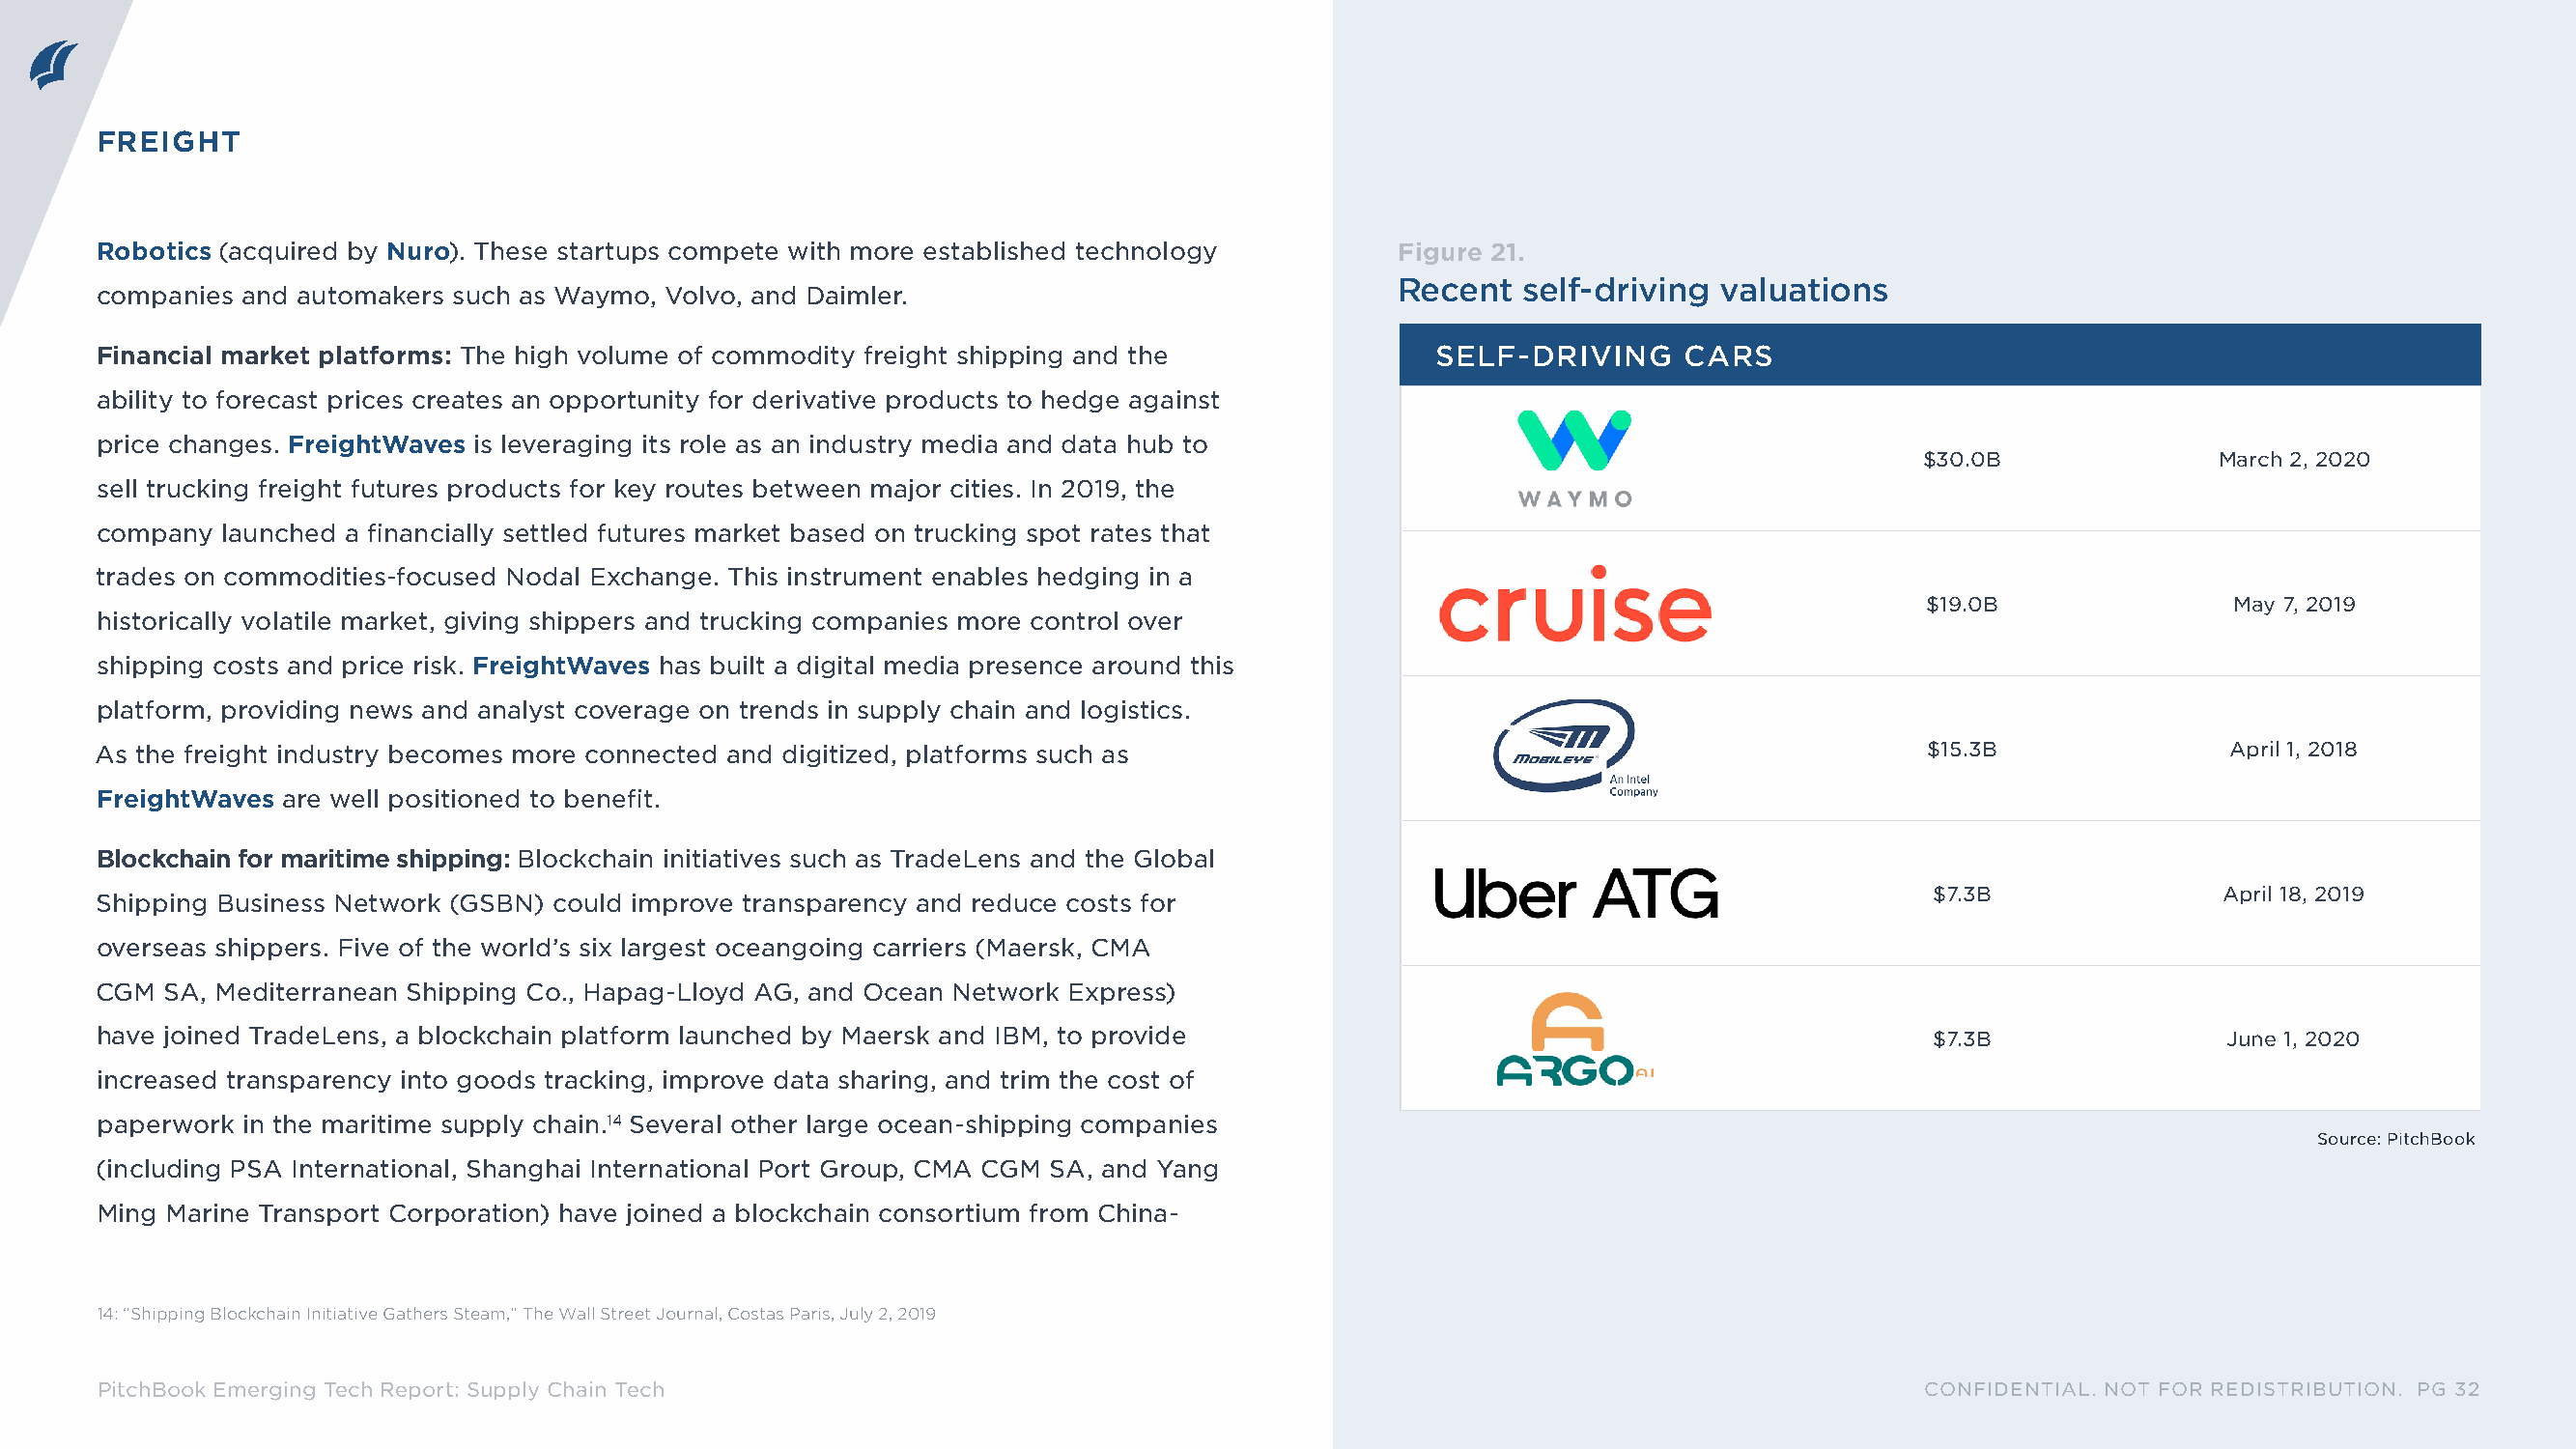
FREIGHT
 Robotics (acquired by Nuro). These startups compete with more established technology     Figure 21.
 Recent  self-driving  valuations
 companies and automakers such as Waymo, Volvo, and Daimler.
 Financial market platforms: The high volume of commodity freight shipping and the          SELF-DRIVING     CARS
 ability to forecast prices creates an opportunity for derivative products to hedge against
 price changes. FreightWaves is leveraging its role as an industry media and data hub to
 $30.0B              March 2, 2020
 sell trucking freight futures products for key routes between major cities. In 2019, the
 company launched a financially settled futures market based on trucking spot rates that
 trades on commodities-focused Nodal Exchange. This instrument enables hedging in a
 $19.0B               May 7, 2019
 historically volatile market, giving shippers and trucking companies more control over
 shipping costs and price risk. FreightWaves has built a digital media presence around this
 platform, providing news and analyst coverage on trends in supply chain and logistics.
 As the freight industry becomes more connected and digitized, platforms such as                                               $15.3B               April 1, 2018
 FreightWaves are well positioned to benefit.
 Blockchain for maritime shipping: Blockchain initiatives such as TradeLens and the Global
 $7.3B               April 18, 2019
 Shipping Business Network (GSBN) could improve transparency and reduce costs for
 overseas shippers. Five of the world’s six largest oceangoing carriers (Maersk, CMA
 CGM SA, Mediterranean Shipping Co., Hapag-Lloyd AG, and Ocean Network Express)
 have joined TradeLens, a blockchain platform launched by Maersk and IBM, to provide                                          $7.3B                June 1, 2020
 increased transparency into goods tracking, improve data sharing, and trim the cost of
 paperwork in the maritime supply chain.14 Several other large ocean-shipping companies
 Source: PitchBook
 (including PSA International, Shanghai International Port Group, CMA CGM SA, and Yang
 Ming Marine Transport Corporation) have joined a blockchain consortium from China-
 14: “Shipping Blockchain Initiative Gathers Steam,” The Wall Street Journal, Costas Paris, July 2, 2019
 PitchBook Emerging Tech Report: Supply Chain Tech                                                                            CONFIDENTIAL. NOT FOR REDISTRIBUTION. PG 32